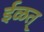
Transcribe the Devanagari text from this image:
ईळत्